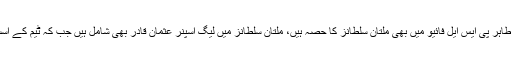
پاکستانی نژاد جنوبی افریقی لیگ اسپنر عمران طاہر پی ایس ایل فائیو میں بھی ملتان سلطانز کا حصہ ہیں، ملتان سلطانز میں لیگ اسپنر عثمان قادر بھی شامل ہیں جب کہ ٹیم کے اسسٹنٹ کوچ مشتاق احمد بھی لیگ اسپنر ہی ہیں۔